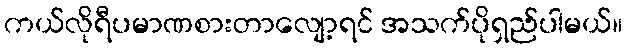
ကယ်လိုရီပမာဏစားတာလျော့ရင် အသက်ပိုရှည်ပါမယ်။